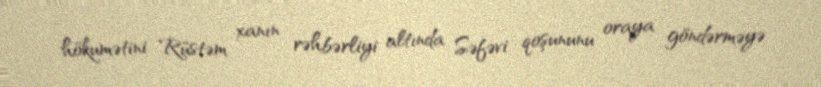
hökumətini Rüstəm xanın rəhbərliyi altında Səfəvi qoşununu oraya göndərməyə